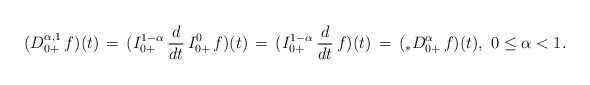
\begin{align*}(D^{\alpha,1}_{0+}\, f)(t) \, = \, (I_{0+}^{1-\alpha}\, \frac{d}{dt}\, I_{0+}^{0}\, f)(t)\, = \, (I_{0+}^{1-\alpha}\, \frac{d}{dt}\, f)(t)\, = \,( _*D^\alpha_{0+}\, f)(t),\ 0 \le \alpha < 1.\end{align*}